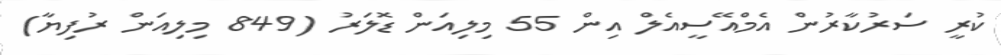
ކުރީ ސަރުކާރުން އެމްއޭސީއެލް އިން 55 މިލިއަން ޑޮލަރު (849 މިލިއަން ރުފިޔާ)